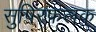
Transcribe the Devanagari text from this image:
सुषिरफलक